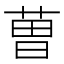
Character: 𮏥